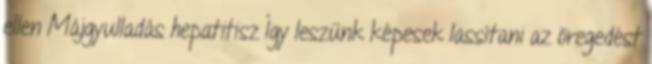
ellen Májgyulladás hepatitisz Így leszünk képesek lassítani az öregedést